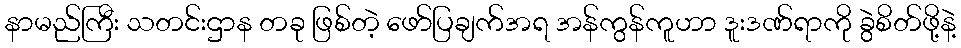
နာမည်ကြီး သတင်းဌာန တခု ဖြစ်တဲ့ ဖော်ပြချက်အရ အန်ကွန်ကူဟာ ဒူးဒဏ်ရာကို ခွဲစိတ်ဖို့နဲ့